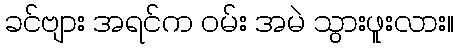
ခင်ဗျား အရင်က ဝမ်း အမဲ သွားဖူးလား။